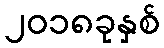
၂၀၁၈ခုနှစ်